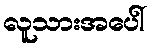
လူသားအပေါ်